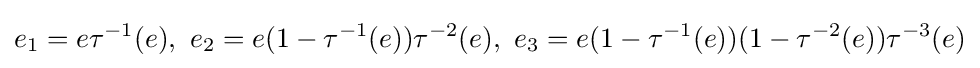
e_{1}=e\tau ^{-1}(e),\,\,e_{2}=e(1-\tau ^{-1}(e))\tau ^{-2}(e),\,\,e_{3}=e(1-\tau ^{-1}(e))(1-\tau ^{-2}(e))\tau ^{-3}(e)